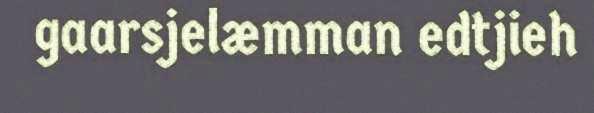
gaarsjelæmman edtjieh